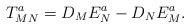
LaTeX: \begin{align*}T_{MN}^{a}=D_{M}E_{N}^{a}-D_{N}E_{M}^{a}.\end{align*}